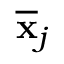
\overline { { \mathbf { x } } } _ { j }